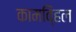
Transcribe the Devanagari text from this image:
कामवि्हल